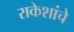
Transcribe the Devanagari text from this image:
राकेशांचे